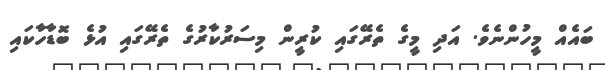
ބައެއް މީހުންނެވެ. އަދި މީގެ ތެރޭގައި ކުރީން މިސަރުކާރުގެ ތެރޭގައި އުޅެ ބޮޑާހާކައި